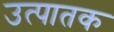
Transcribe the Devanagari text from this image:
उत्पातक